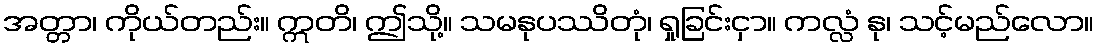
အတ္တာ၊ ကိုယ်တည်း။ ဣတိ၊ ဤသို့။ သမနုပဿိတုံ၊ ရှုခြင်းငှာ။ ကလ္လံ နု၊ သင့်မည်လော။